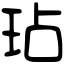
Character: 玷